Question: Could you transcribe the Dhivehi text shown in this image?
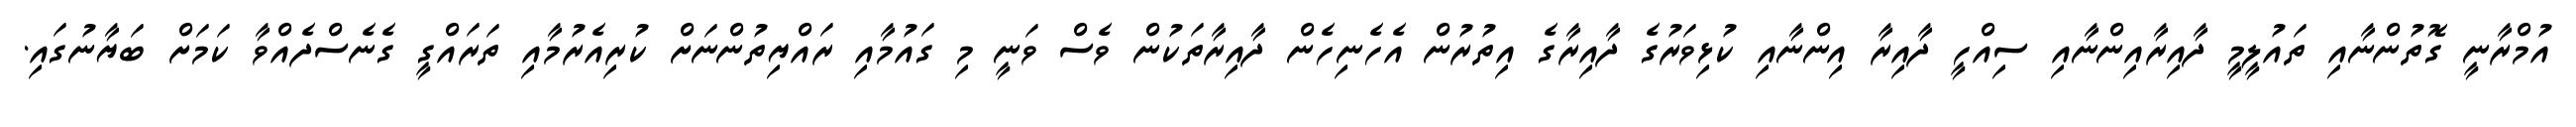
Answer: އުމްރާނީ ގޮތުންނާއި ތައުލީމީ ދާއިރާއިންނާއި ސިއްހީ ދާއިރާ އިންނާއި ކުޅިވަރުގެ ދާއިރާގެ އިތުރުން އެހެނިހެން ދާއިރާތަކުން ވެސް ވަނީ މި ގައުމާއި ރައްޔިތުންނަށް ކުރިއެރުމާއި ތަރައްގީ ގެނެސްދެއްވާ ކަމަށް ބަޔާނުގައި.